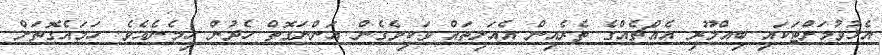
އެޅުވުމަށްޓަކައި ބިއްލޫރި އެއްޗެއްގެ ތެރެއިން އެއަލިތައް ވަކިވެގެން އަންނަގޮތް ހެދުން ހިމެނެއެވެ. ހަމައެގޮތަށް